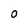
Character: O